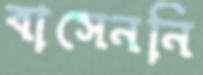
বাসেননি